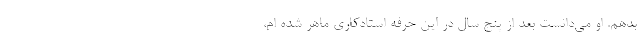
بدهم. او می‌دانست بعد از پنج سال در این حرفه استادکاری ماهر شده ام،